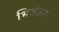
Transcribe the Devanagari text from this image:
भिजंऊन